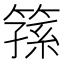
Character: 𥱖